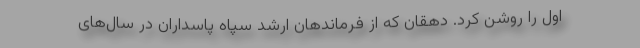
اول را روشن کرد. دهقان که از فرماندهان ارشد سپاه پاسداران در سال‌های